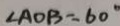
\angle A O B = 6 0 ^ { \circ }